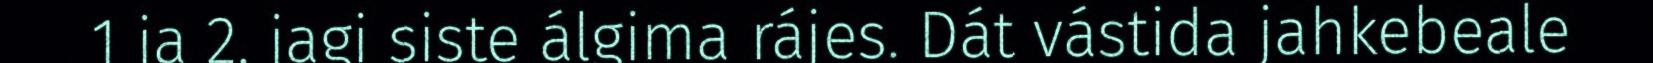
1 ja 2, jagi siste álgima rájes. Dát vástida jahkebeale